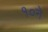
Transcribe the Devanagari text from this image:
१०ने